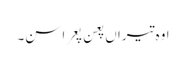
اوہ تیراں پعن پعرا سن۔